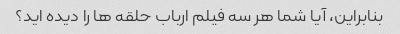
بنابراین، آیا شما هر سه فیلم ارباب حلقه ها را دیده اید؟